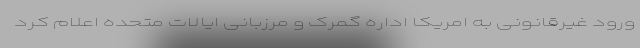
ورود غیرقانونی به امریکا اداره گمرک و مرزبانی ایالات متحده اعلام کرد